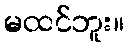
မထင်ဘူး။